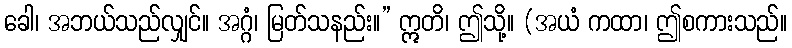
ခေါ၊ အဘယ်သည်လျှင်။ အဂ္ဂံ၊ မြတ်သနည်း။” ဣတိ၊ ဤသို့။ (အယံ ကထာ၊ ဤစကားသည်။